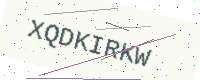
Text: XQDKIRKW